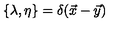
\{ \lambda , \eta \} = \delta ( \vec { x } - \vec { y } )